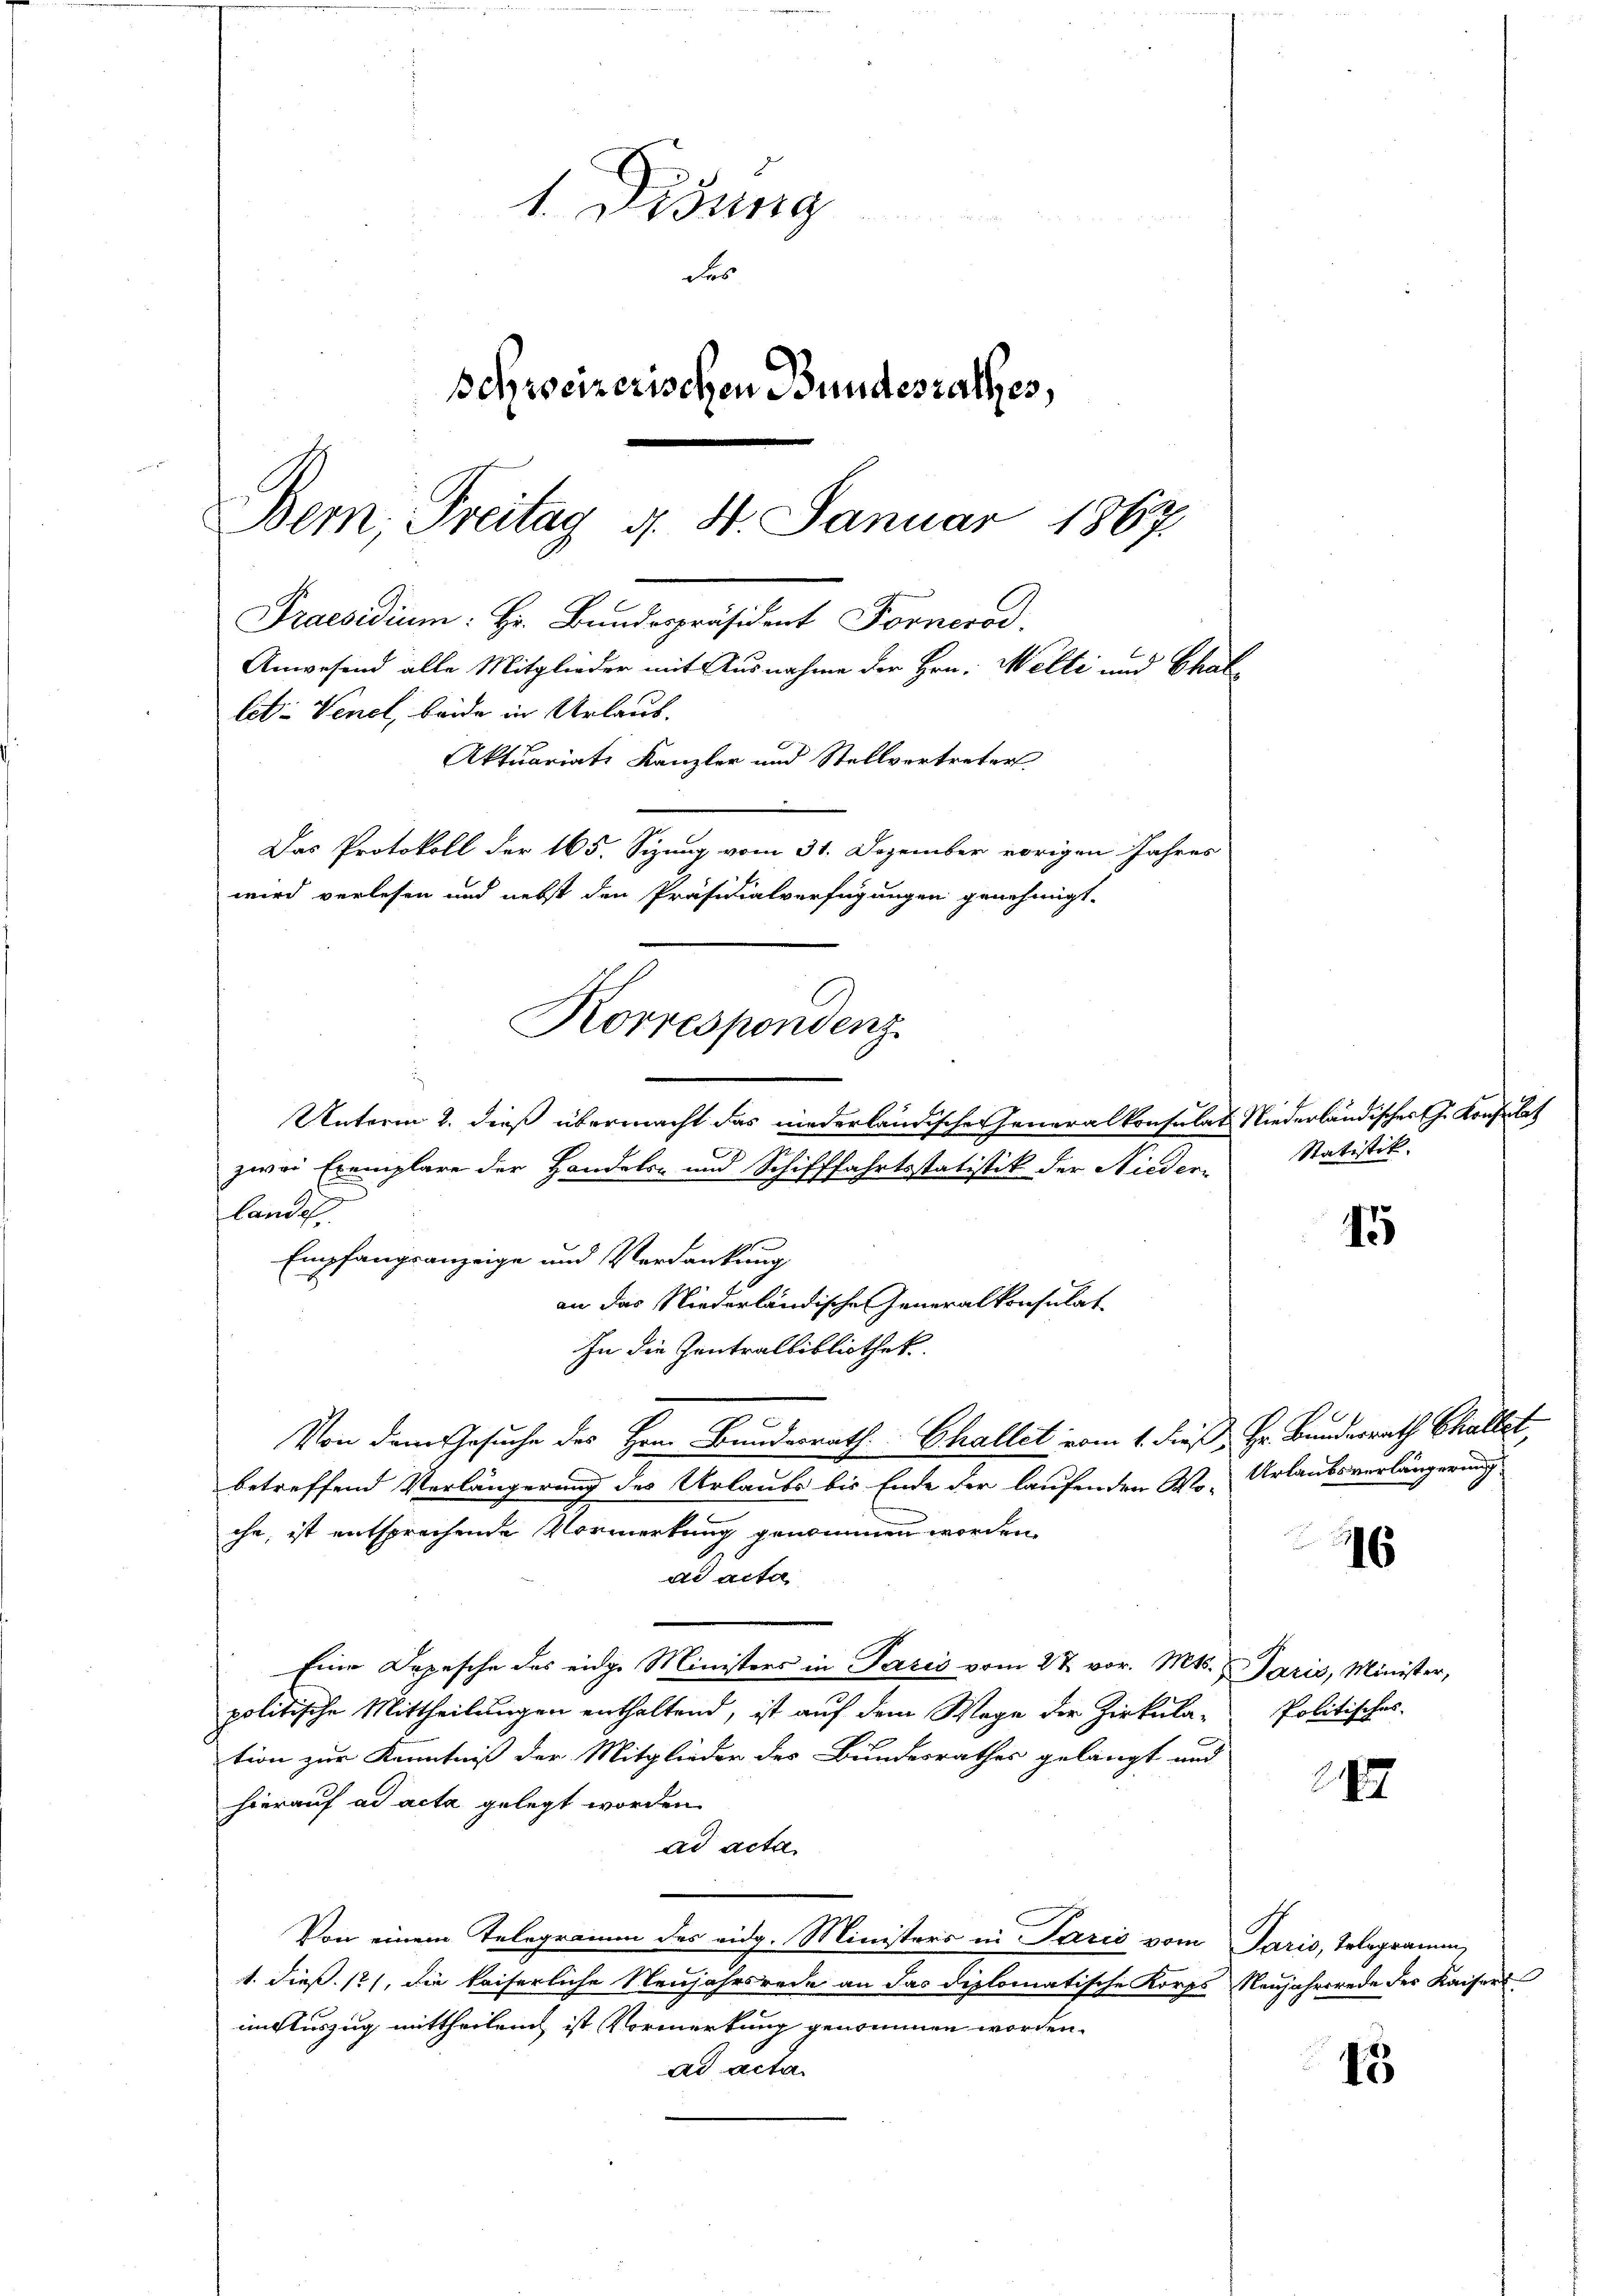
Korrespondenz

1. Disung
SR 48
des
Schreizerischen Bundesrathes,
Bern, Treitag d. 4. Januar 1867.
Praesidium: Hr. Bundespräsident Fornorod.
Anwesend alle Mitglieder mit Ausnahme der Hrn. Welti und Challit: Venel, beide in Urlaub.
Aktuariats Kanzler und Stellvertreter
Das Protokoll der 165. Sizung vom 31. Dezember vorigen Jahres
wird verlesen und nebst den Präsidialverfügungen genehmigt.

Unterm 2. dieß übermacht das niederländische Generalkonsulat Niederländisches G. Konsulat
zwai Exemplare der Handels- und Schifffahrtsstatistik der Nieder¬
u
landel
Empfangsanzeige und Verdankung
an das Niederländische Generalkonsulat
In die Zentralbibliothek
Von dem Gesuche des Herr Bundesrath Challet vom 1. dieß Hr. Bundesrath Challet,
betreffend Verlängerung des Urlaubs bis Ende der laufenden Wo-
che, ist entsprechende Vormerkung genommen worden,
dd acta
Eine Depesche des eidge Ministers in Paris vom 27. vor. Mts. u Paris, Minister,
politische Mittheilungen enthaltend, ist auf dem Wege der Zirkula-
tion zur Kenntniß der Mitglieder des Bundesrathes gelangt und
hierauf ad acta gelegt worden.
ad acta
Von einem Telegramm des eidg. Ministers in Paris vom Paris, Telegramm,
1. dieß. 12), die kaiserliche Neujahrsrede an das diplomatische Korps Neujahrerede der Kaisers
inAuszug mittheilen ist Vormerkung genommen worden.
ad acta

Statistik.

1

e
Urlaubsverlängerung

16

Politisches

242

15